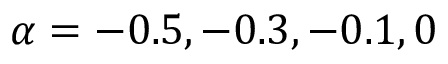
\alpha = - 0 . 5 , - 0 . 3 , - 0 . 1 , 0